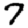
Digit: 7